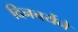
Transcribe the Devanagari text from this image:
दिनचर्येने